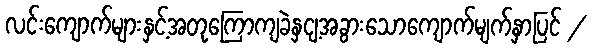
လင်းကျောက်များနှင့်အတုကြောကျခဲနှငျ့အခွားသောကျောက်မျက်နှာပြင် /